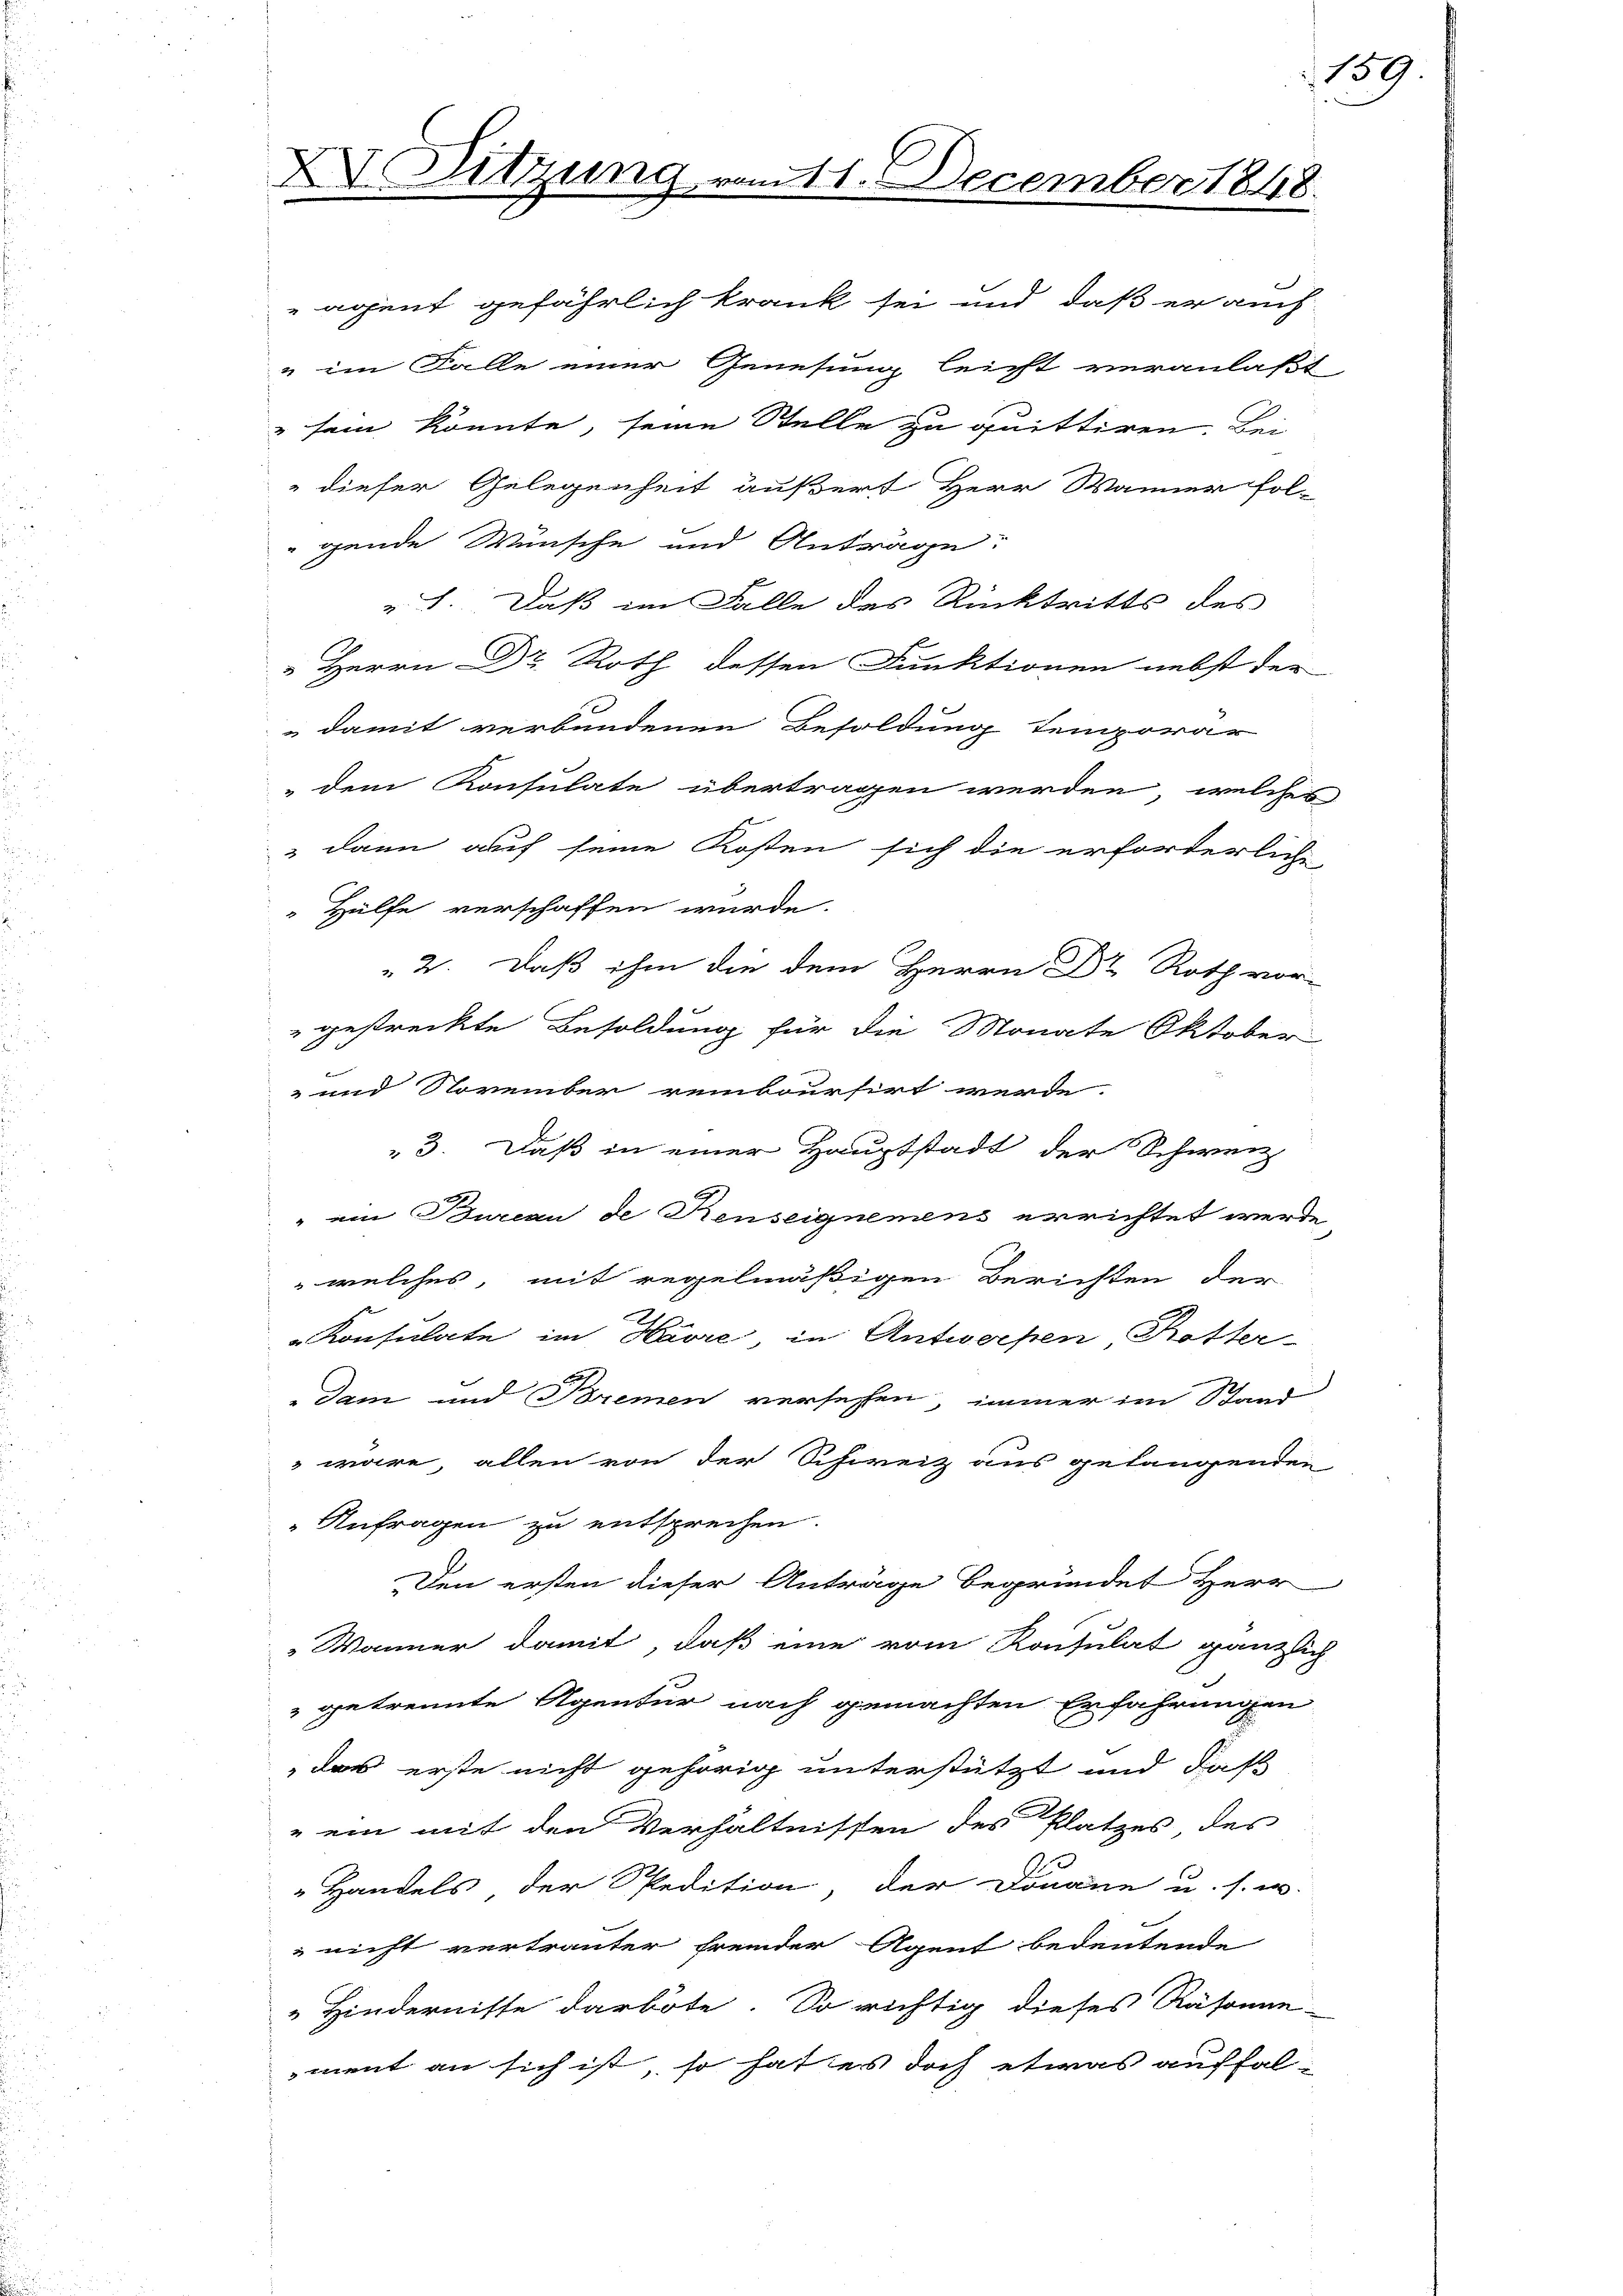
X Sitzung vom 11. December 1848.

agent gefährlich krank sei und daß er auch
" im Falle einer Genesung leicht veranlaßt
" sein könnte, seine Stelle zu quittiren. Bei
dieser Gelegenheit äußert Herr Wänner fol-
gende Wünsche und Anträge:
". Daß im Falle des Rücktritts des
 Herrn Dr. Roth dessen Funktionen nebst der
 damit verbundenen Besoldung temporär
dem Konsulate übertragen werden, welches
 dann auf seine Kosten sich die erforderlich
Hülfe verschaffen wurde.
2. Daß ihm die dem Herrn Dr. Roth vor-
" gestreckte Besoldung für die Monate Oktober
und November reinboursirt werde
3. Daß in einer Hauptstadt der Schweiz
" ein Bureau de Renseignemens errichtet werde,
 welches, mit regelmäßigen Berichten der
Konsulate im Havre in Antworfen Rotter-
dam und Bremen versehen, immer im Stand
 wäre, allen von der Schweiz aus gelangenden
Anfragen zu entsprechen.
Den ersten dieser Anträge begründet Herr
Wänner damit, daß eine vom Konsulat gänzlich
 getrennte Agentur nach gemachten Erfahrungen
das erste nicht gehörig unterstützt und daß
"ein mit den Verhältnissen des Platzes des
Handels der Spedition, der Donaue u. s. w.
 nicht vertrauter fremder Agent bedeutende
Hindernisse darbote. So richtig dieses Räsonne-
ment an sich ist, so hat es doch etwas auffal-

159